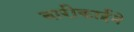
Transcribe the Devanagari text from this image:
बारीकाईने